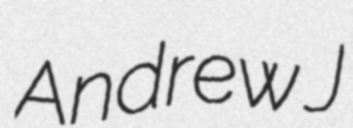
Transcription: Andrew J